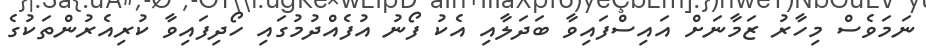
ނަމަވެސް މިހާރު ޒަމާނަށް އައިސްފައިވާ ބަދަލާއި އެކު ފޯނު އުފެއްދުމުގައި ހޯދިފައިވާ ކުރިއެރުންތަކުގެ